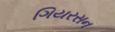
ગિયરસન